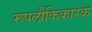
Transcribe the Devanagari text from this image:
रूपलौकिकारक